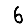
Digit: 6